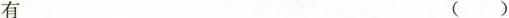
有( )